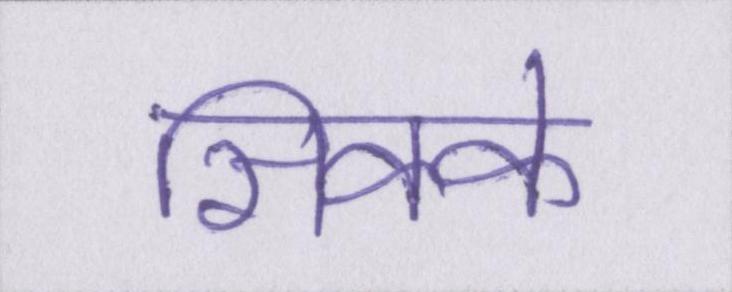
सिक्के